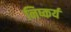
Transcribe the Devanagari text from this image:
निष्कर्य